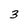
Character: 3